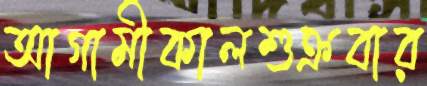
আগামীকালশুক্রবার